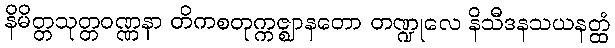
နိမိတ္တသုတ္တဝဏ္ဏနာ တိကစတုက္ကဇ္ဈာနတော တဏ္ဍုလေ နိသီဒနသယနတ္ထံ